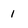
Character: 1